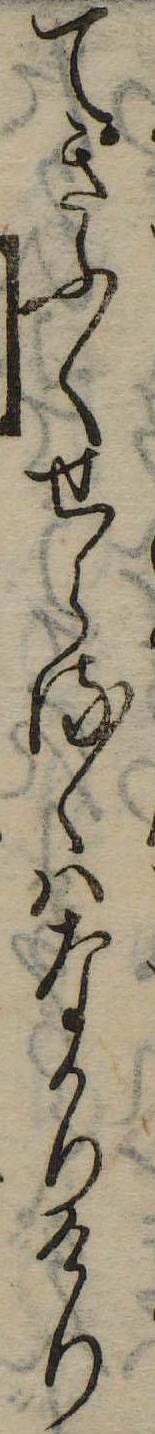
てきふくせらるゝはなかりけり